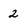
Character: 2